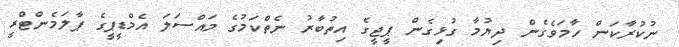
ނުކުރާކަން ހާމަވެގެން ދިޔުމާ ގުޅިގެން ޕީޖީގެ އިތުބާރު ނެތްކަމުގެ މައްސަލަ އެމްޑީޕީގެ ޕާލަމެންޓްރީ